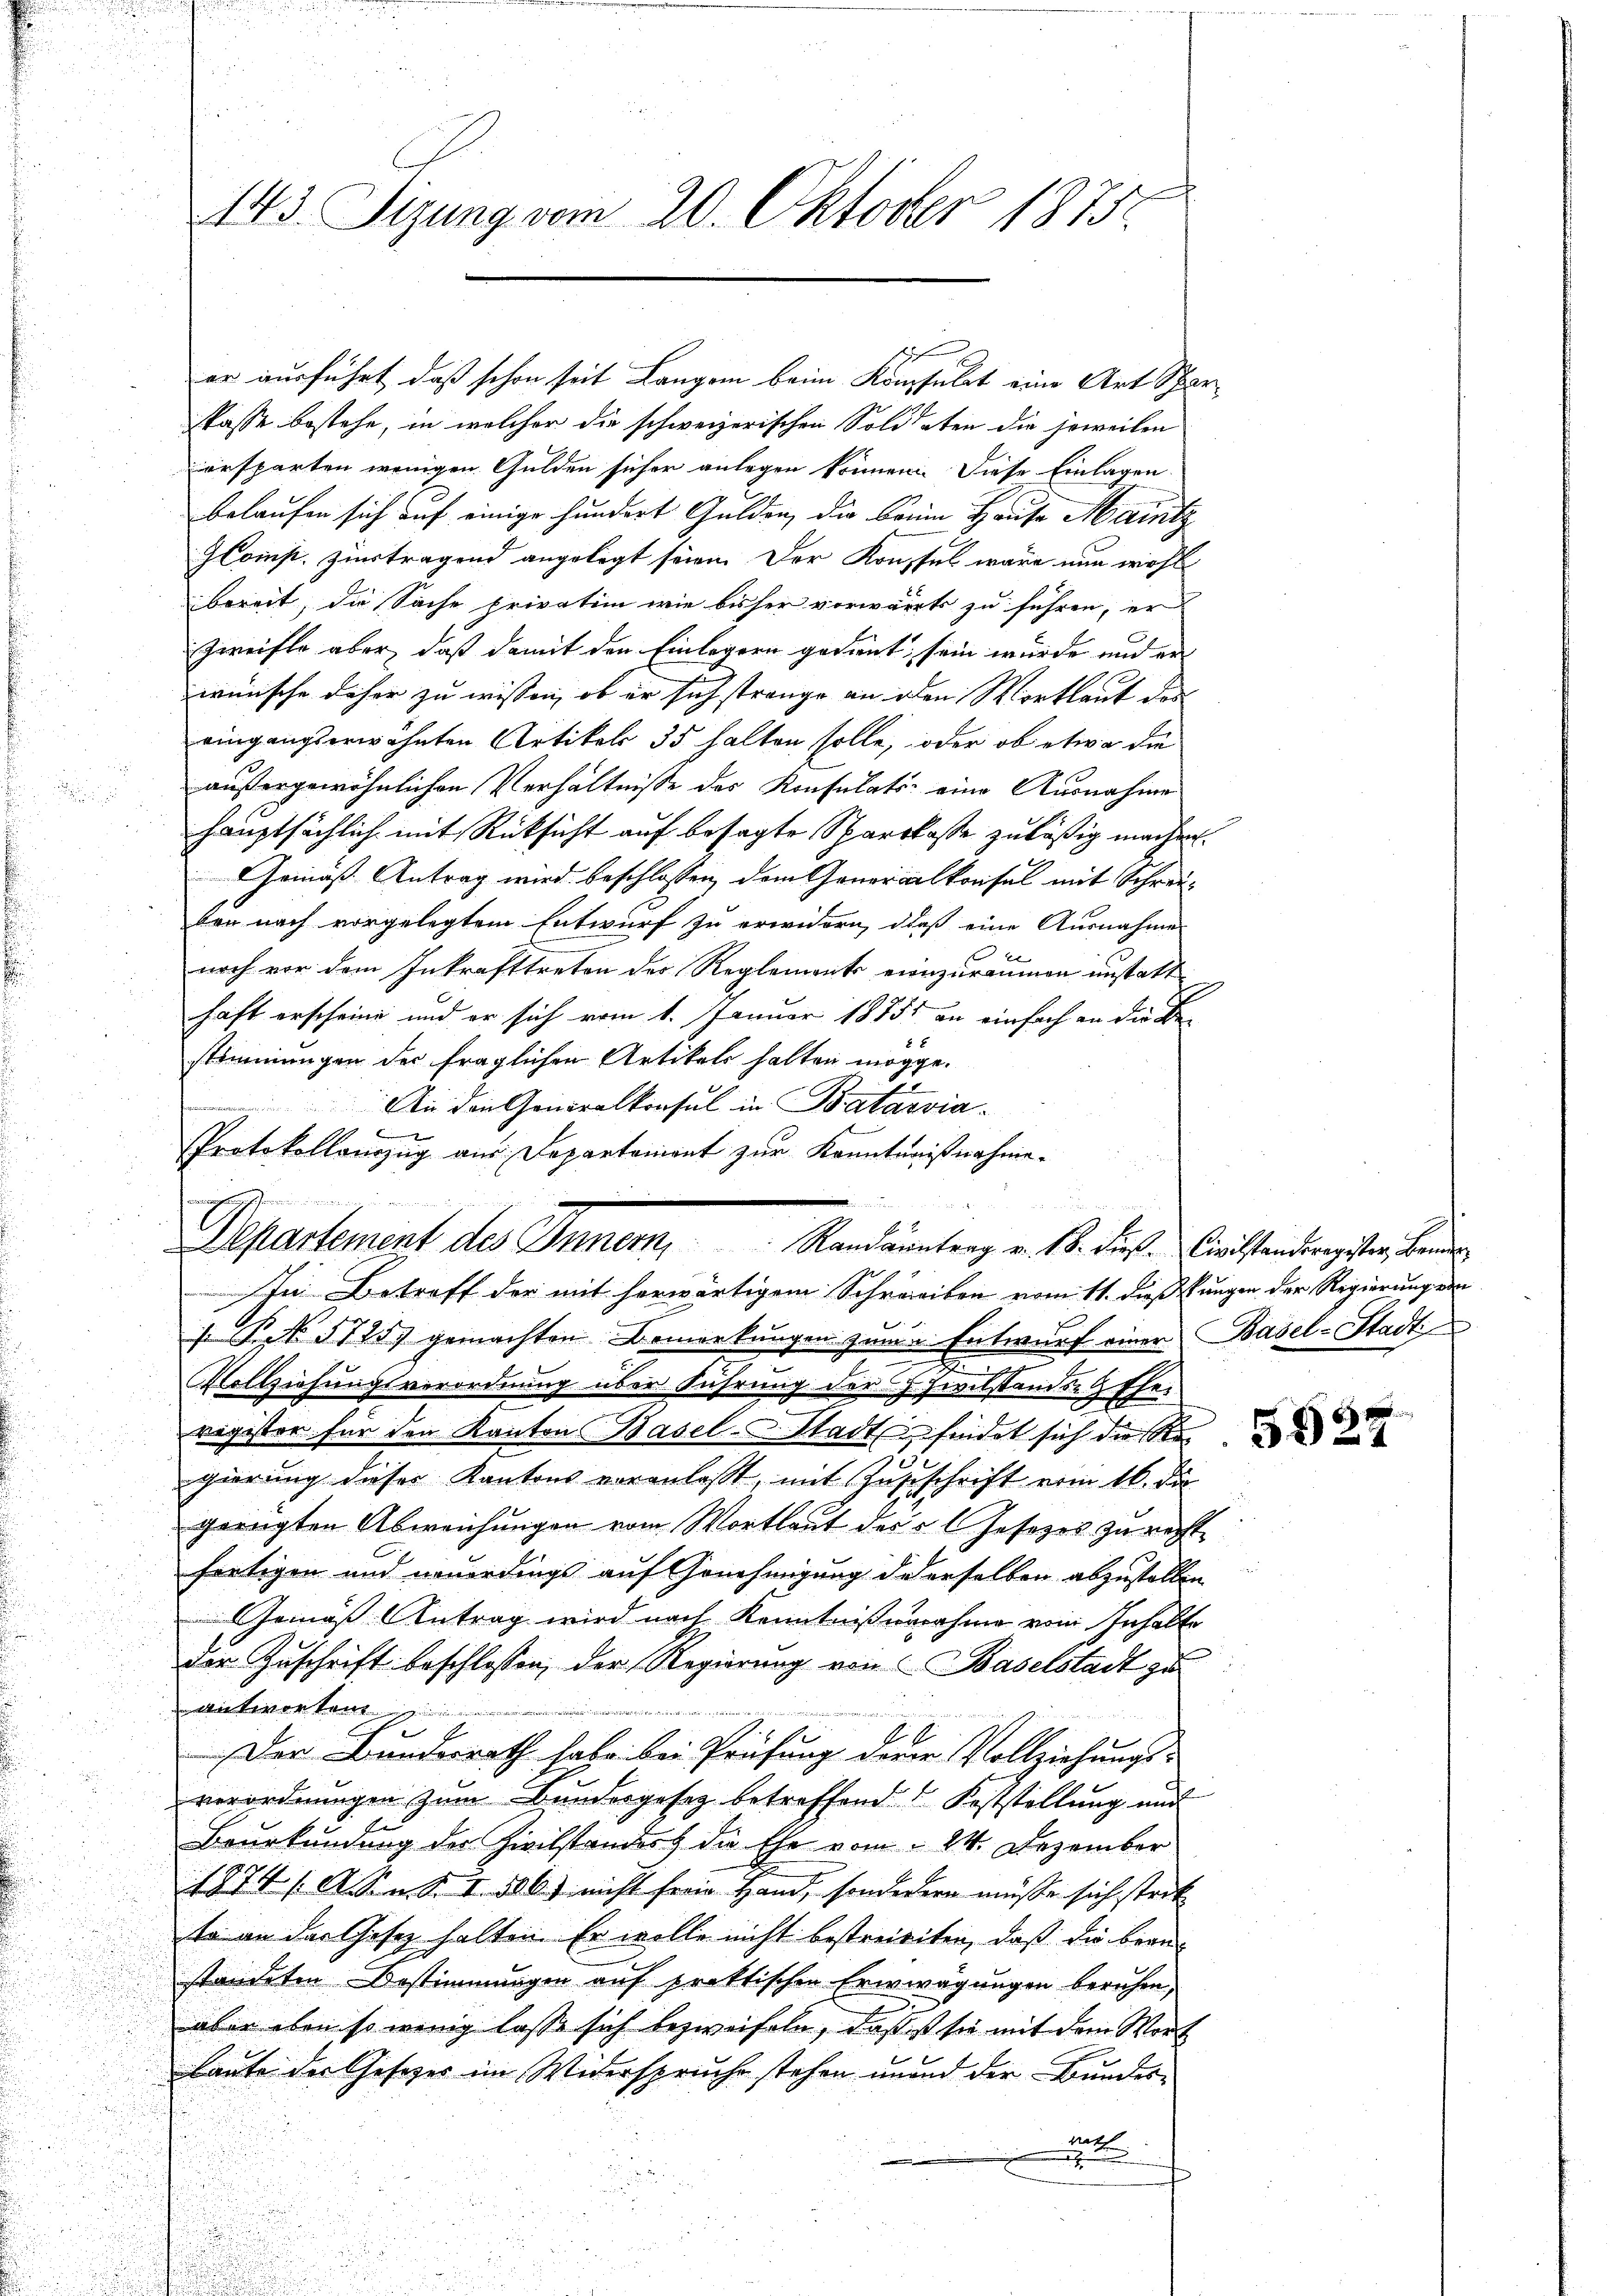
143. Sizung vom 20. Oktober 1875.

spasse bestehe, in welcher die schweizerischen Soldaten die jeweilen
ersparten wenigen Gulden sicher anlegen können. Diese Einlagen
belaufen sich auf einige hundert Gulden, die Frein Hause Maintz
Comp. zutragend angelegt seien. Der Konsul wäre nun wohl
bereit, die Sache privatim wie bisher vorwärts zu führen, er
Zweifle aber, daß damit den Einlegern gedient, sein wurde und erwünsche daher zu wissen, ob er sich strenge an den Wortlaut das
eingangserwähnten Artikels 35 halten solle, oder ob etwa die
außergewöhnlichen Verhältnisse des Konsulats eine Ausnahme
hauptsächlich mit Rücksicht auf besagte Sparkasse zuläßig machen.
GGemäß Antrag wird beschlossen, dem Generalkonsul mit Schreiben nach vorgelegtem Entwurf zu erwidern, daß eine Ausnahme
noch vor dem Inkrafttreten des Reglements einzuräumen unstatt
haft erscheine und er sich vom 1. Januar 18851 an einfach an die Bestimmungen der fraglichen Artikels halten mögge.
Ain den Generalkonsul in Batavian
Protokollanzug aus Departement zur Kenntnißnahme.

washing sein einen
Departement des Inner, Randantenz v. 18. diese Einstandingsten beide

er ausführt, daß schon seit Langen beim Konsulat eine Art Spar¬

In Betreff der mit herwärtigem Schreiben vom 11. dieß ungen der Regierungen
s. S. 5725) gemachten Bemerkungen zum u. Entwurf einer Basel-Stadt
Vollziehungsverordnung über Führung der J. Zivilstandstheiragister für den Kanton Basel-Stadtsfindet sich die Re
gierung dieser Kantons voranlaßt, mit Zuzuschrift vom 16. di
gerügten Abweichungen vom Wortlaut des Gesezes zu recht
fertigen und neuerdings auf Genehmigung derselben abzustellen
Gemäß Antrag wird nach Kenntnißnahme vom Inhalte
der Zuschrift beschlossen, der Regierung von Baselstadt zu
in erken
iinister un
n
1
Der Bundesrath habe bei Prüfung dere Vollziehungs-
verordnungen zum Bundesgesetz betreffend Koststellung und
Beurkundung der Zivilstandest die Ehe vom 24. Dezember
1874 /A. Von S. I. d. 6) nicht ferne Hand, sonderern müsse sich strit
to an der Gesetz halten. Er wolle nicht bestreisiten, daß die Branstandeten Bestimmungen auf praktischen Erwägungen beruhen,
aber eben so wenig lasse sich bezweifeln, daß ist sie mit dem Wort
baute der Gesetzer im Widerspruche stehen und der Bundes-
rath

592.